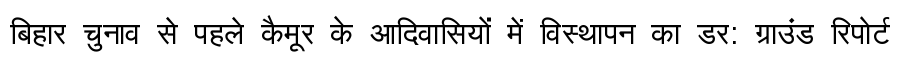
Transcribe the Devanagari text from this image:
बिहार चुनाव से पहले कैमूर के आदिवासियों में विस्थापन का डर: ग्राउंड रिपोर्ट